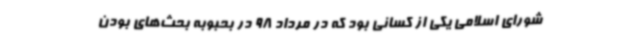
شورای اسلامی یکی از کسانی بود که در مرداد 98 در بحبوبه بحث‌های بودن